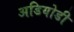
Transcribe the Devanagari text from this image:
अडियोडी